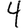
Digit: 4